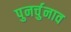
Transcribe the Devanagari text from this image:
पुनर्चुनाव